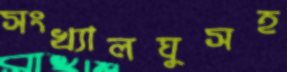
সংখ্যালঘুসহ